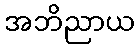
အဘိညာယ